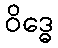
ဝိဒ္ဓေ